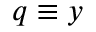
q \equiv y